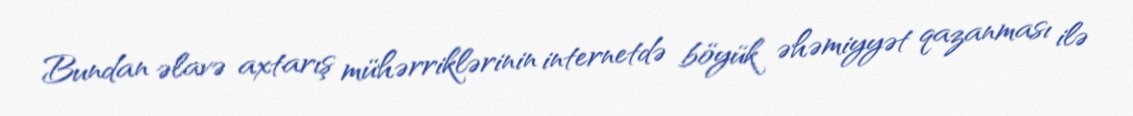
Bundan əlavə axtarış mühərriklərinin internetdə böyük əhəmiyyət qazanması ilə